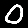
Digit: 0